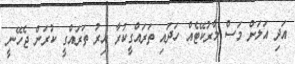
އަދި އަލަށް މަސް މާރުކޭޓެއް ހަދައި ތަރައްގީކުރާ އިރު ތަރައްގީ ކުރަން ޖެހޭނީ